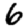
Digit: 6